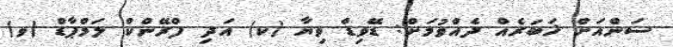
ސަންއަށް ޚަބަރެއް ދެއްވުމަށް: ޑޭވިޑް ވިޔާ (ކ) އަދި ފްރޭންކް ލަމްޕާޑް (ވ)